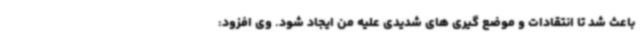
باعث شد تا انتقادات و موضع گیری های شدیدی علیه من ایجاد شود. وی افزود: